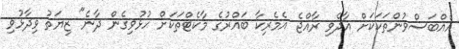
އެއްބަސްވުންތަކަކަށް އާދެވި ރާއްޖެ އެމެރިކާ ބައްރުގެ މާކެޓްތަކަށް ހުޅުވިގެން ދާނެ" ޒިޔަތު ވިދާޅުވި